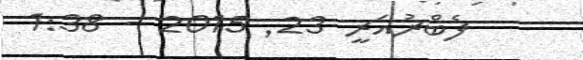
ފެބްރުއަރީ 23